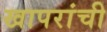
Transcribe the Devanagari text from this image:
खापरांची